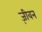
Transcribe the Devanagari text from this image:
ज़ीवन